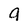
Character: g